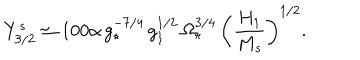
LaTeX: Y _ { 3 / 2 } ^ { s } \simeq 1 0 0 \alpha \, g _ { \star } ^ { - 7 / 4 } \, g _ { 1 } ^ { 1 / 2 } \, \Omega _ { r } ^ { 3 / 4 } \, \left( \frac { H _ { 1 } } { M _ { s } } \right) ^ { 1 / 2 } .